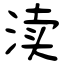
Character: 渎